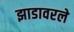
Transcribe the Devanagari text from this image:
झाडावरले